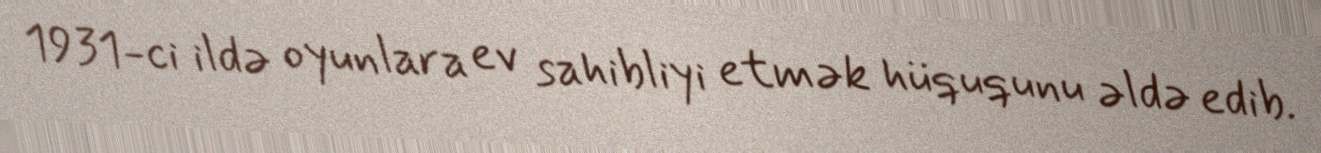
1931-ci ildə oyunlara ev sahibliyi etmək hüququnu əldə edib.